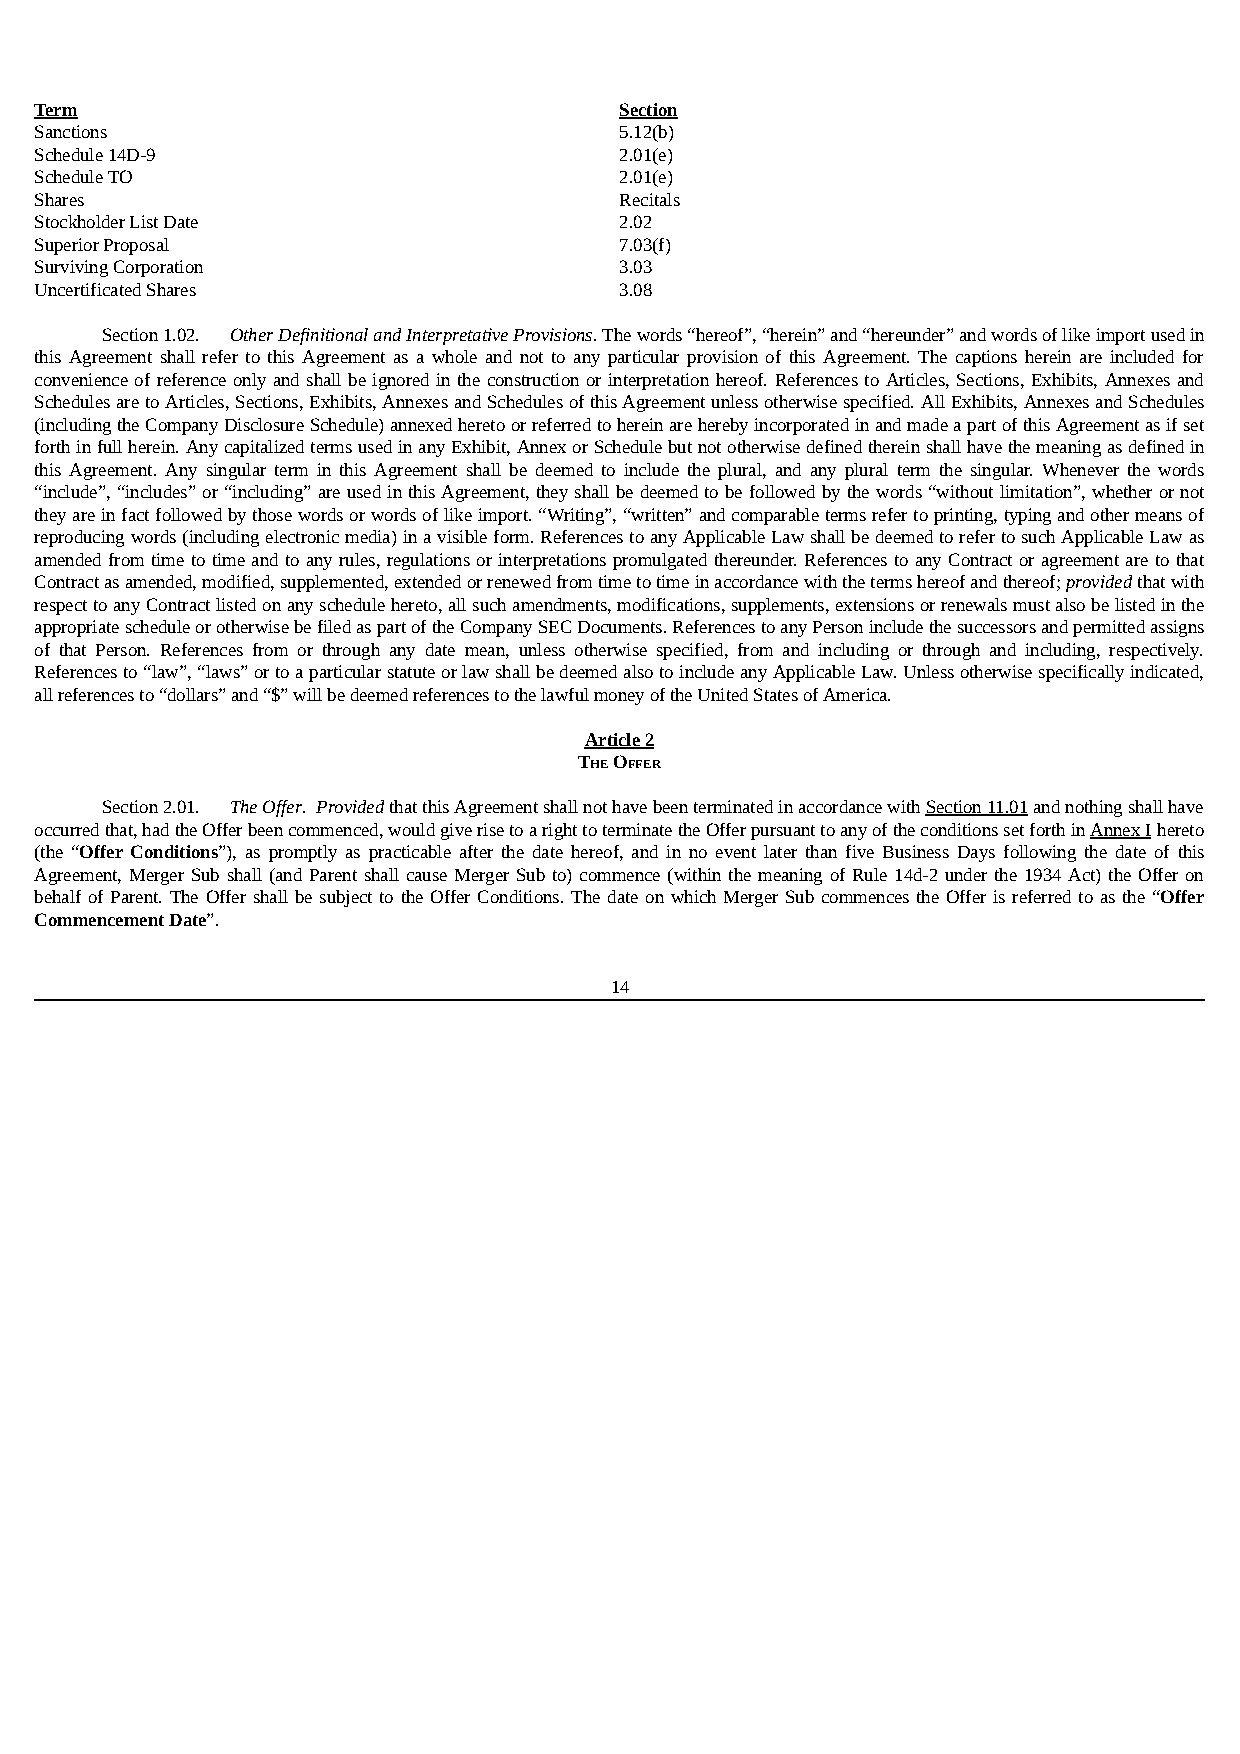
Term                                   Section
 Sanctions                              5.12(b)
 Schedule 14D-9                         2.01(e)
 Schedule TO                            2.01(e)
 Shares                                 Recitals
 Stockholder List Date                  2.02
 Superior Proposal                      7.03(f)
 Surviving Corporation                  3.03
 Uncertificated Shares                  3.08
 Section 1.02. Other Definitional and Interpretative Provisions. The words “hereof”, “herein” and “hereunder” and words of like import used in
 this Agreement shall refer to this Agreement as a whole and not to any particular provision of this Agreement. The captions herein are included for
 convenience of reference only and shall be ignored in the construction or interpretation hereof. References to Articles, Sections, Exhibits, Annexes and
 Schedules are to Articles, Sections, Exhibits, Annexes and Schedules of this Agreement unless otherwise specified. All Exhibits, Annexes and Schedules
 (including the Company Disclosure Schedule) annexed hereto or referred to herein are hereby incorporated in and made a part of this Agreement as if set
 forth in full herein. Any capitalized terms used in any Exhibit, Annex or Schedule but not otherwise defined therein shall have the meaning as defined in
 this Agreement. Any singular term in this Agreement shall be deemed to include the plural, and any plural term the singular. Whenever the words
 “include”, “includes” or “including” are used in this Agreement, they shall be deemed to be followed by the words “without limitation”, whether or not
 they are in fact followed by those words or words of like import. “Writing”, “written” and comparable terms refer to printing, typing and other means of
 reproducing words (including electronic media) in a visible form. References to any Applicable Law shall be deemed to refer to such Applicable Law as
 amended from time to time and to any rules, regulations or interpretations promulgated thereunder. References to any Contract or agreement are to that
 Contract as amended, modified, supplemented, extended or renewed from time to time in accordance with the terms hereof and thereof; provided that with
 respect to any Contract listed on any schedule hereto, all such amendments, modifications, supplements, extensions or renewals must also be listed in the
 appropriate schedule or otherwise be filed as part of the Company SEC Documents. References to any Person include the successors and permitted assigns
 of that Person. References from or through any date mean, unless otherwise specified, from and including or through and including, respectively.
 References to “law”, “laws” or to a particular statute or law shall be deemed also to include any Applicable Law. Unless otherwise specifically indicated,
 all references to “dollars” and “$” will be deemed references to the lawful money of the United States of America.
 Article 2
 THE OFFER
 Section 2.01. The Offer. Provided that this Agreement shall not have been terminated in accordance with Section 11.01 and nothing shall have
 occurred that, had the Offer been commenced, would give rise to a right to terminate the Offer pursuant to any of the conditions set forth in Annex I hereto
 (the “Offer Conditions”), as promptly as practicable after the date hereof, and in no event later than five Business Days following the date of this
 Agreement, Merger Sub shall (and Parent shall cause Merger Sub to) commence (within the meaning of Rule 14d-2 under the 1934 Act) the Offer on
 behalf of Parent. The Offer shall be subject to the Offer Conditions. The date on which Merger Sub commences the Offer is referred to as the “Offer
 Commencement Date”.
 14